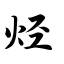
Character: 烃